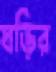
ঘড়ির